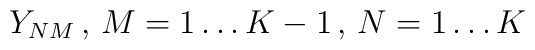
Y_{NM} \, ,\, M=1\ldots K-1\, ,\, N=1\ldots K